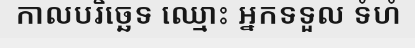
កាលបរិច្ឆេទ ឈ្មោះ អ្នកទទួល ទំហំ